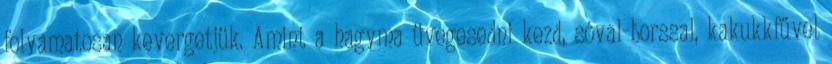
folyamatosan kevergetjük. Amint a hagyma üvegesedni kezd, sóval-borssal, kakukkfűvel